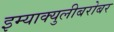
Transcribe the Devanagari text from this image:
इम्‍याक्‍युलीबरोबर